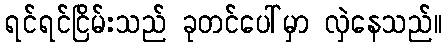
ရင်ရင်ငြိမ်းသည် ခုတင်ပေါ်မှာ လှဲနေသည်။